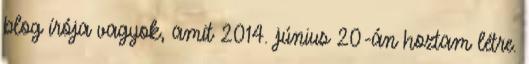
blog írója vagyok, amit 2014. június 20-án hoztam létre.